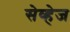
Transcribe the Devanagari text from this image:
सेव्हेज